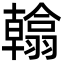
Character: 𮋖